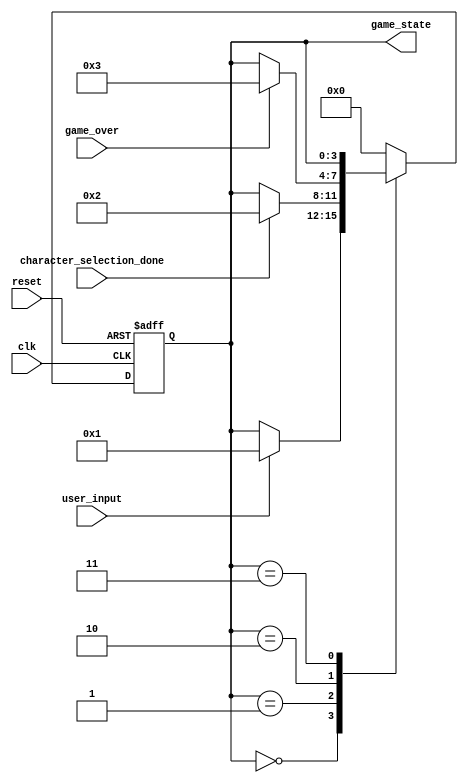
`timescale 1ns / 1ps
//////////////////////////////////////////////////////////////////////////////////
// Company: 
// Engineer: 
// 
// Design Name: 
// Module Name: gameStateController
// Project Name: 
// Target Devices: 
// Tool Versions: 
// Description: 
// 
// Dependencies: 
// 
// Revision:
// Revision 0.01 - File Created
// Additional Comments:
// 
//////////////////////////////////////////////////////////////////////////////////


module GameStateController (
    input clk,
    input reset,
    input user_input,
    input game_over,
    // Additional inputs for other events/triggers
    input character_selection_done,


    output reg [3:0] game_state
    // Additional outputs for control signals
);

// Define game state parameters
parameter MAIN_MENU = 4'b0000;
parameter CHARACTER_SELECTION = 4'b0001;
parameter FIGHT_STATE = 4'b0010;
parameter END_STATE = 4'b0011;

// Define state transition conditions
always @(posedge clk or posedge reset) begin
    if (reset) begin
        game_state <= MAIN_MENU; // Initialize to Main Menu state
    end else begin
        case (game_state)
            MAIN_MENU:
                if (user_input) begin
                    // Transition to Character Selection state upon user input
                    game_state <= CHARACTER_SELECTION;
                end
            CHARACTER_SELECTION:
                // Check for completion of character selection or other triggers
                // If completed, transition to Fight State
                if (character_selection_done) begin
                    game_state <= FIGHT_STATE;
                end
            FIGHT_STATE:
                // Handle transitions to End State based on game conditions
                if (game_over) begin
                    game_state <= END_STATE;
                end
            END_STATE:
                // Handle any end state conditions or transitions
                begin
                end
                
            default: game_state <= MAIN_MENU;
        endcase
    end
end

// Additional logic for generating control signals based on game state
// Example:

// Define other control signals as needed

endmodule